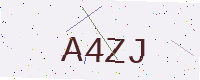
Text: A4ZJ